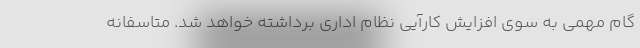
گام مهمی به سوی افزایش کارآیی نظام اداری برداشته خواهد شد. متاسفانه